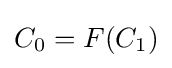
C_{0}=F(C_{1})